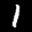
Label: 1